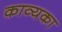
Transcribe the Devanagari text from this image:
काव्यका